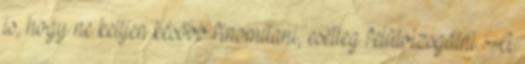
is, hogy ne kelljen később finomítani, esetleg felülvizsgálni. A